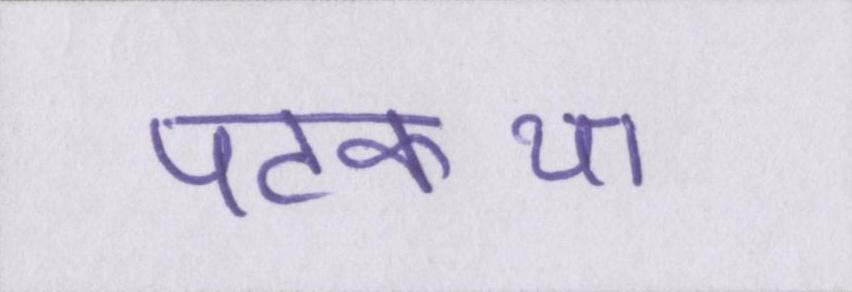
पटकथा